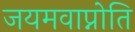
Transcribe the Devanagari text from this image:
जयमवाप्नोति